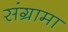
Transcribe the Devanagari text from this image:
संग्रामा